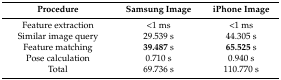
| Procedure | Samsung Image | iPhone Image |
 | --- | --- | --- |
 | Feature extraction | <1 ms | <1 ms |
 | Similar image query | 29.539 s | 44.305 s |
 | Feature matching | 39.487 s | 65.525 s |
 | Pose calculation | 0.710 s | 0.940 s |
 | Total | 69.736 s | 110.770 s |